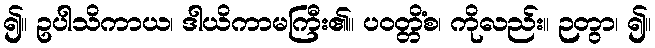
၍။ ဥပါသိကာယ၊ ဒါယိကာမကြီး၏။ ပဝတ္တိံစ၊ ကိုလည်း။ ဉတွာ၊ ၍။